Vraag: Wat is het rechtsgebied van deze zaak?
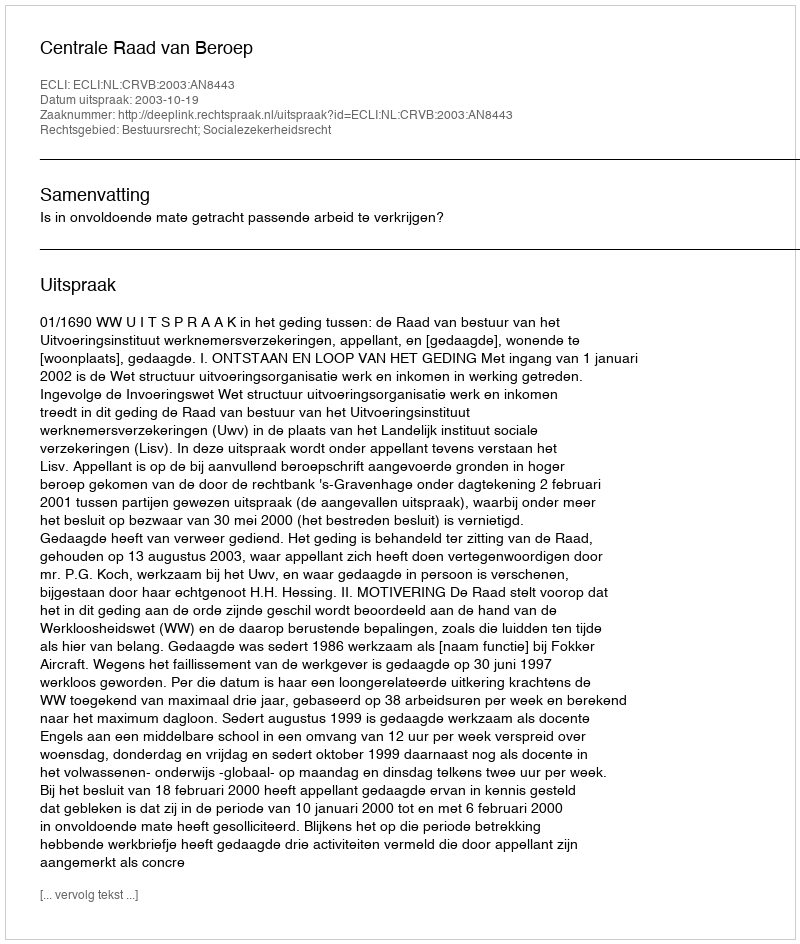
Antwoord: Bestuursrecht; Socialezekerheidsrecht